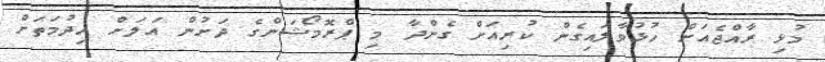
މުޅި ރާއްޖެއަށް ހުޅުވާލައިގެން ކުރިއަށް ގެންދާ މި ޕްރޮމޯޝަންގެ ދަށުން އަލަށް ހިދުމަތަށް